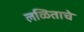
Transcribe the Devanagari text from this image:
लळिताचे